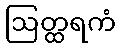
ဩတ္ထရကံ